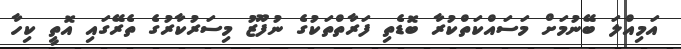
އަމިއްލަ ބޭނުމަށް މަސައްކަތްކުރާ ބޮޑެތި ފަރާތްތަކުގެ ނުފޫޒު މިސަރުކާރުގެ ތެރޭގައި އޮތީ ކިހާ